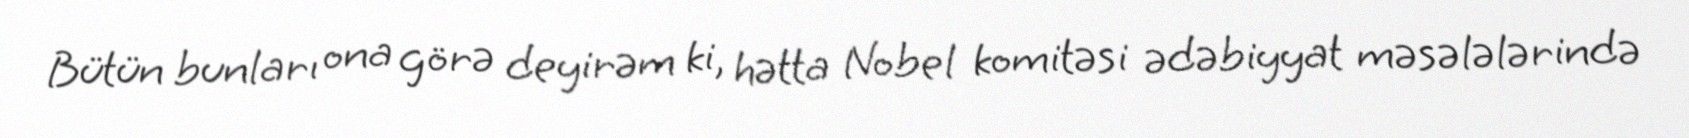
Bütün bunları ona görə deyirəm ki, hətta Nobel komitəsi ədəbiyyat məsələlərində